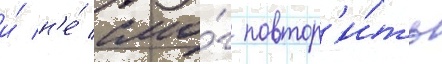
и́ н'е́ смо́г повтор'и́ть